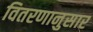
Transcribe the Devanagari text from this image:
वितरणानुसार